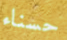
حسناء